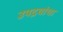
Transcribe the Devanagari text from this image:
उपद्रवांचा